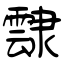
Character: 霴